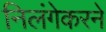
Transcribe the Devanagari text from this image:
निलंगेकरने